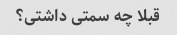
قبلا چه سمتی داشتی؟